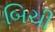
બિચી